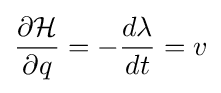
{\frac {\partial {\mathcal {H}}}{\partial q}}=-{\frac {d\lambda }{dt}}=v